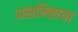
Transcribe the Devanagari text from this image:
असम्ब्लिया